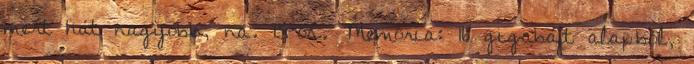
mert hát nagyobb, na. 15-ös. Memória: 16 gigabájt alapból,